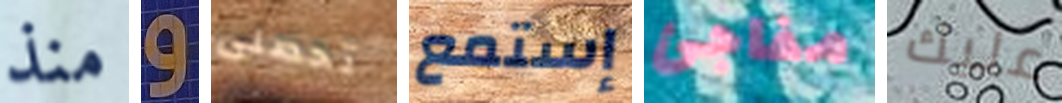
منذ و تحصلى إستمع مفاجئ عليك